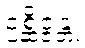
ဥစ္ဆိဇ္ဇန္တု